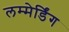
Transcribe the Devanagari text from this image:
लम्मेर्डिंग